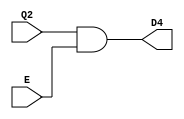
module Location4(input E, Q2, output D4);

    assign D4 = Q2 & E;

endmodule